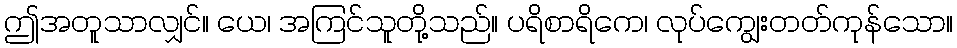
ဤအတူသာလျှင်။ ယေ၊ အကြင်သူတို့သည်။ ပရိစာရိကေ၊ လုပ်ကျွေးတတ်ကုန်သော။